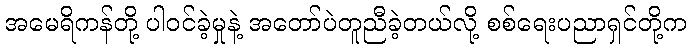
အမေရိကန်တို့ ပါဝင်ခဲ့မှုနဲ့ အတော်ပဲတူညီခဲ့တယ်လို့ စစ်ရေးပညာရှင်တို့က